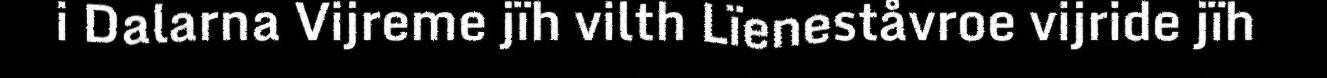
i Dalarna Vijreme jïh vilth Lïeneståvroe vijride jïh